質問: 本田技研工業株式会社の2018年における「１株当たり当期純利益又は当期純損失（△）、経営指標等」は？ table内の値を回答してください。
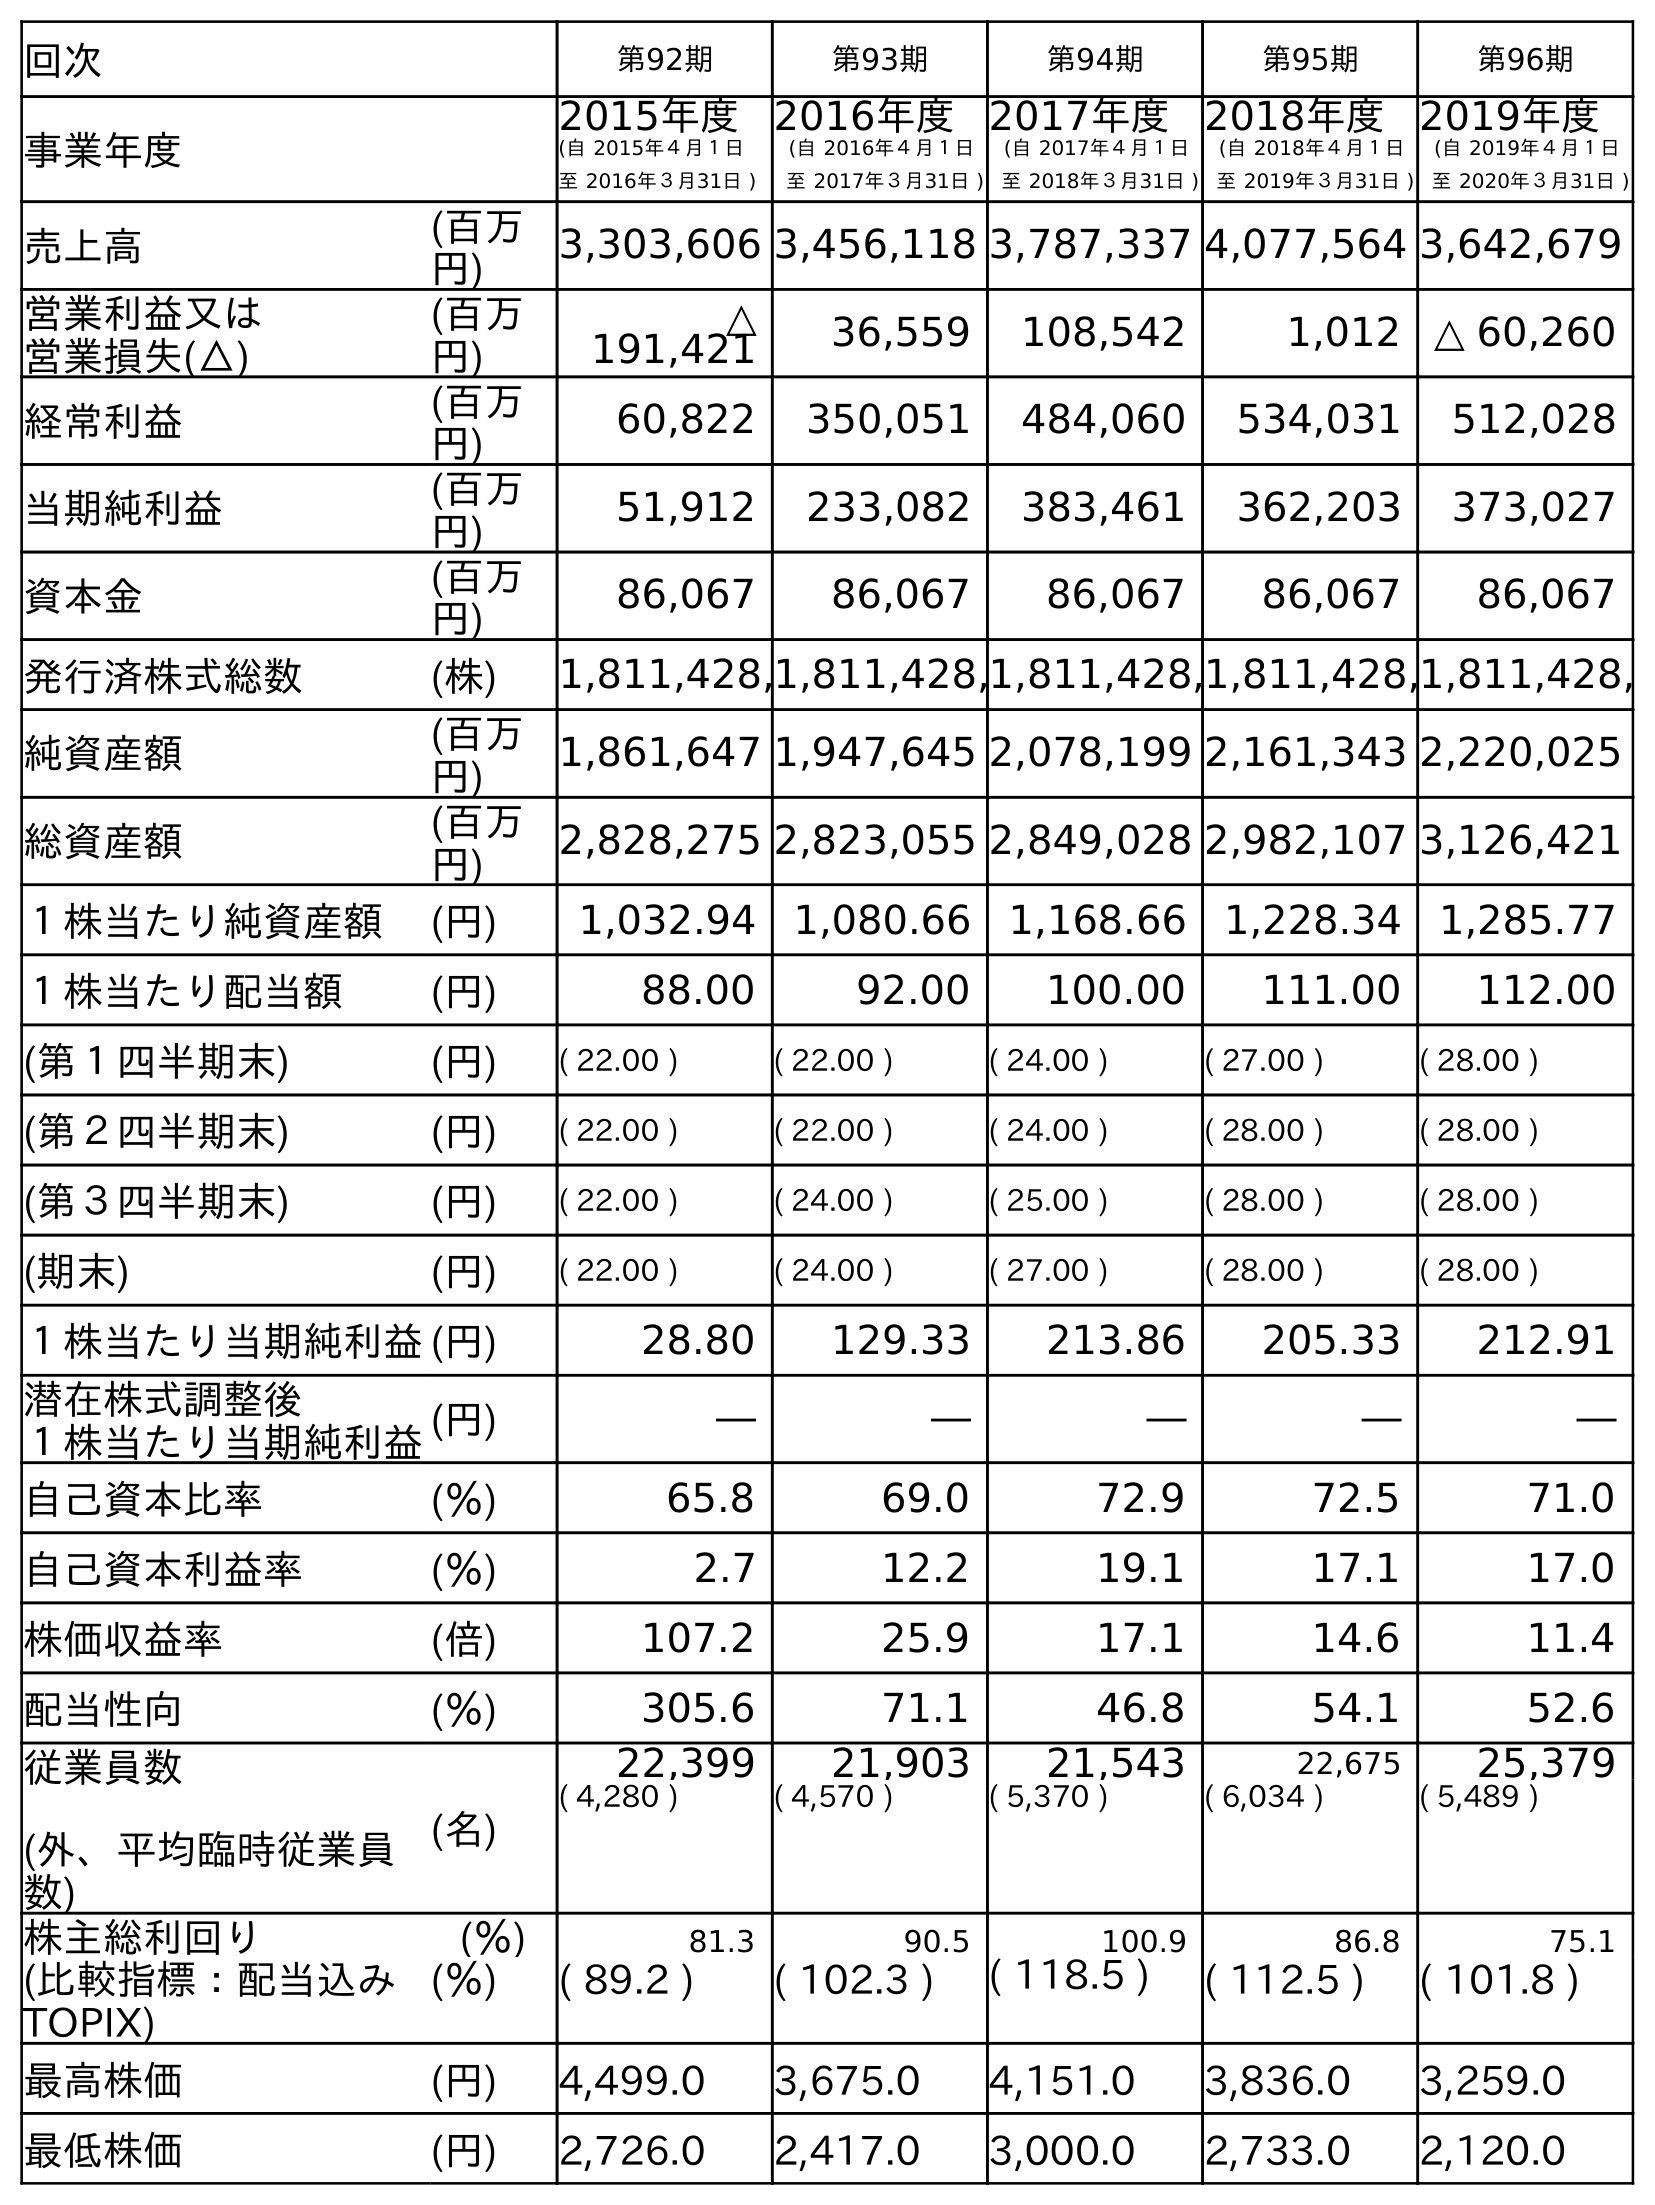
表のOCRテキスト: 回次 第92期 第93期 第94期 第95期 第96期 事業年度 2015年度 (自 2015年４月１日 至 2016年３月31日 ) 2016年度 (自 2016年４月１日 至 2017年３月31日 ) 2017年度 (自 2017年４月１日 至 2018年３月31日 ) 2018年度 (自 2018年４月１日 至 2019年３月31日 ) 2019年度 (自 2019年４月１日 至 2020年３月31日 ) 売上高 (百万 円) 3,303,606 3,456,118 3,787,337 4,077,564 3,642,679 営業利益又は 営業損失(△) (百万 円) △ 191,421 36,559 108,542 1,012 △ 60,260 経常利益 (百万 円) 60,822 350,051 484,060 534,031 512,028 当期純利益 (百万 円) 51,912 233,082 383,461 362,203 373,027 資本金 (百万 円) 86,067 86,067 86,067 86,067 86,067 発行済株式総数 (株) 1,811,428,1,811,428,1,811,428,1,811,428,1,811,428, 純資産額 (百万 円) 1,861,647 1,947,645 2,078,199 2,161,343 2,220,025 総資産額 (百万 円) 2,828,275 2,823,055 2,849,028 2,982,107 3,126,421 １株当たり純資産額 (円) 1,032.94 1,080.66 1,168.66 1,228.34 1,285.77 １株当たり配当額 (円) 88.00 92.00 100.00 111.00 112.00 (第１四半期末) (円) ( 22.00 ) ( 22.00 ) ( 24.00 ) ( 27.00 ) ( 28.00 ) (第２四半期末) (円) ( 22.00 ) ( 22.00 ) ( 24.00 ) ( 28.00 ) ( 28.00 ) (第３四半期末) (円) ( 22.00 ) ( 24.00 ) ( 25.00 ) ( 28.00 ) ( 28.00 ) (期末) (円) ( 22.00 ) ( 24.00 ) ( 27.00 ) ( 28.00 ) ( 28.00 ) １株当たり当期純利益(円) 28.80 129.33 213.86 205.33 212.91 潜在株式調整後 １株当たり当期純利益(円) ― ― ― ― ― 自己資本比率 (％) 65.8 69.0 72.9 72.5 71.0 自己資本利益率 (％) 2.7 12.2 19.1 17.1 17.0 株価収益率 (倍) 107.2 25.9 17.1 14.6 11.4 配当性向 (％) 305.6 71.1 46.8 54.1 52.6 従業員数 (外、平均臨時従業員 数) (名) 22,399 21,903 21,543 22,675 25,379 ( 4,280 ) ( 4,570 ) ( 5,370 ) ( 6,034 ) ( 5,489 ) 株主総利回り (％) 81.3 90.5 100.9 86.8 75.1 (比較指標：配当込み TOPIX) (％) ( 89.2 ) ( 102.3 ) ( 118.5 ) ( 112.5 ) ( 101.8 ) 最高株価 (円) 4,499.0 3,675.0 4,151.0 3,836.0 3,259.0 最低株価 (円) 2,726.0 2,417.0 3,000.0 2,733.0 2,120.0
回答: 213.86